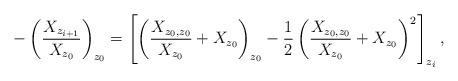
LaTeX: \begin{align*}-\left(\frac{X_{z_{i+1}}}{X_{z_0}}\right)_{z_0}=\left[\left(\frac{X_{z_0,z_0}}{X_{z_0}}+X_{z_0}\right)_{z_0}-\frac{1}{2}\left(\frac{X_{z_0,z_0}}{X_{z_0}}+X_{z_0}\right)^2\right]_{z_i}, \end{align*}